Indian journal of veterinary science and animal husbandry - Volume 5,
Year: 1935
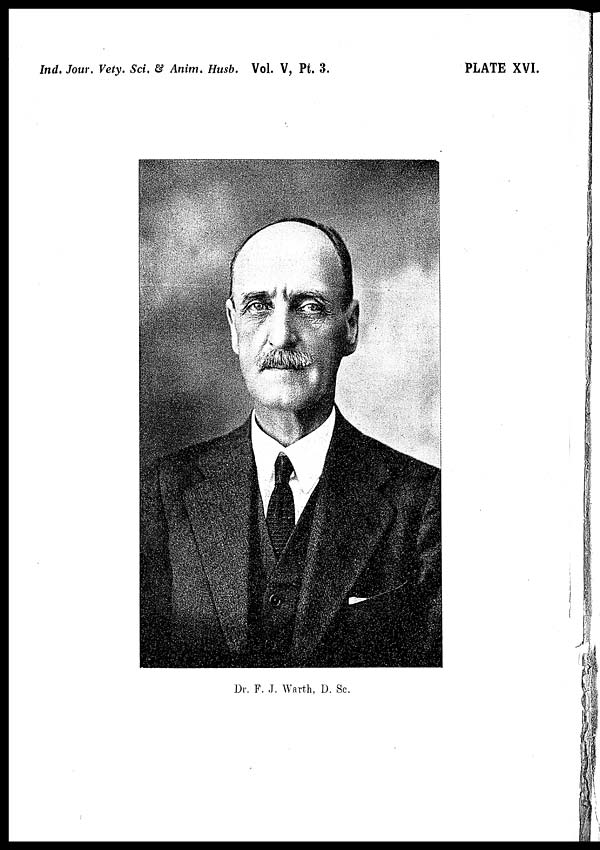
Ind. Jour. Vety. Sci. & Anim. Husb. Vol. V, Pt. 3.
PLATE XVI.
Dr. F. J. Warth, D. Sc.